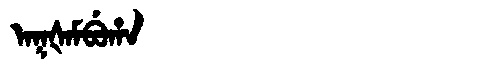
Manchu: ᠠᡴᡧᠠᠮᠪᡠᡥᠠ
Romanization: AKŠAMBUHA